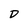
Character: D